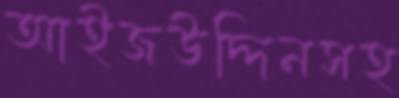
আইজউদ্দিনসহ